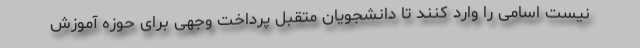
نیست اسامی را وارد کنند تا دانشجویان متقبل پرداخت وجهی برای حوزه آموزش